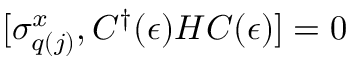
[ \sigma _ { q ( j ) } ^ { x } , C ^ { \dagger } ( \epsilon ) H C ( \epsilon ) ] = 0